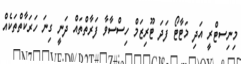
މިނިސޓްރީ އަދި މަޓާޓޯ ފަދަ ޓޫރިޒަމް ހިސްސާވާ ފަރާތްތައް ދަނީ ގިނަ ހަރަކާތްތަކެއް